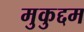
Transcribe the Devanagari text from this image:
मुकुद्दम